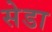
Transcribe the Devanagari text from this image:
सेडा